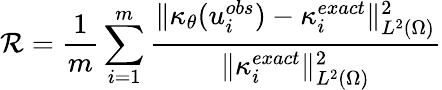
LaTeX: \mathcal{R}=\frac{{1}}{{m}}\sum_{i=1}^{m}\frac{{\| \kappa_{\theta}(u_{i}^{obs})-\kappa_{i}^{exact}\| _{L^{2}(\Omega)}^{2}}}{{\| \kappa_{i}^{exact}\| _{L^{2}(\Omega)}^{2}}}